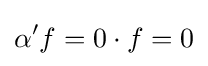
\alpha 'f=0\cdot f=0